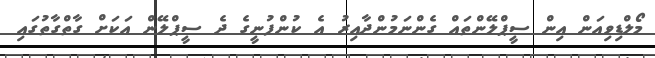
މޯލްޑިިވިއަން އިން ސީޕްލޭންތައް ގެންނަމުންދާއިރު އެ ކުންފުނީގެ ދެ ސީޕްލޭން އަކަށް ގާތްގާތުގައި